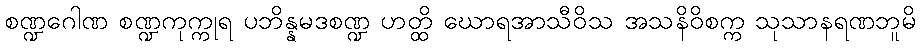
စဏ္ဍဂေါဏ စဏ္ဍကုက္ကုရ ပဘိန္နမဒစဏ္ဍ ဟတ္ထိ ဃောရအာသီဝိသ အသနိဝိစက္က သုသာနရဏဘူမိ